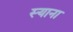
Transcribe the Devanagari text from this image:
स्याना